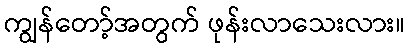
ကျွန်တော့်အတွက် ဖုန်းလာသေးလား။